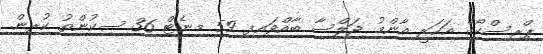
ޕްރިސްކޯގެ އަހަރީ އާންމު ޖަލްސާ ބާއްވައިފި 59 މިނެޓް 36 ސިކުންތު ކުރިން.